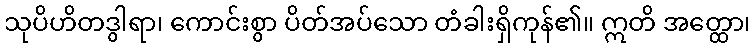
သုပိဟိတဒွါရာ၊ ကောင်းစွာ ပိတ်အပ်သော တံခါးရှိကုန်၏။ ဣတိ အတ္ထော၊